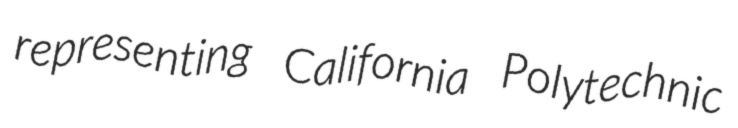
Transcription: representing California Polytechnic